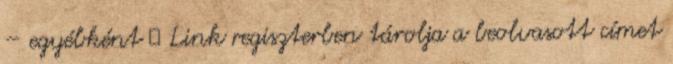
– egyébként ● Link regiszterben tárolja a beolvasott címet